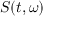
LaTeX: S ( t , \omega )